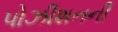
પોઝીશનની